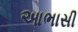
આભાસી